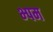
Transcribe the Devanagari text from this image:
भ्पम